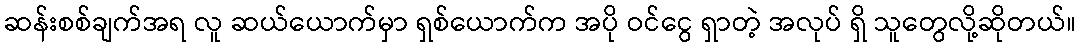
ဆန်းစစ်ချက်အရ လူ ဆယ်ယောက်မှာ ရှစ်ယောက်က အပို ဝင်ငွေ ရှာတဲ့ အလုပ် ရှိ သူတွေလို့ဆိုတယ်။